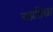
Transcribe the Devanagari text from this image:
अग्रशिखा